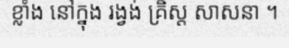
ខ្លាំង នៅក្នុង រង្វង់ គ្រិស្ត សាសនា ។